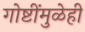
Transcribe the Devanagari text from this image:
गोष्टींमुळेही